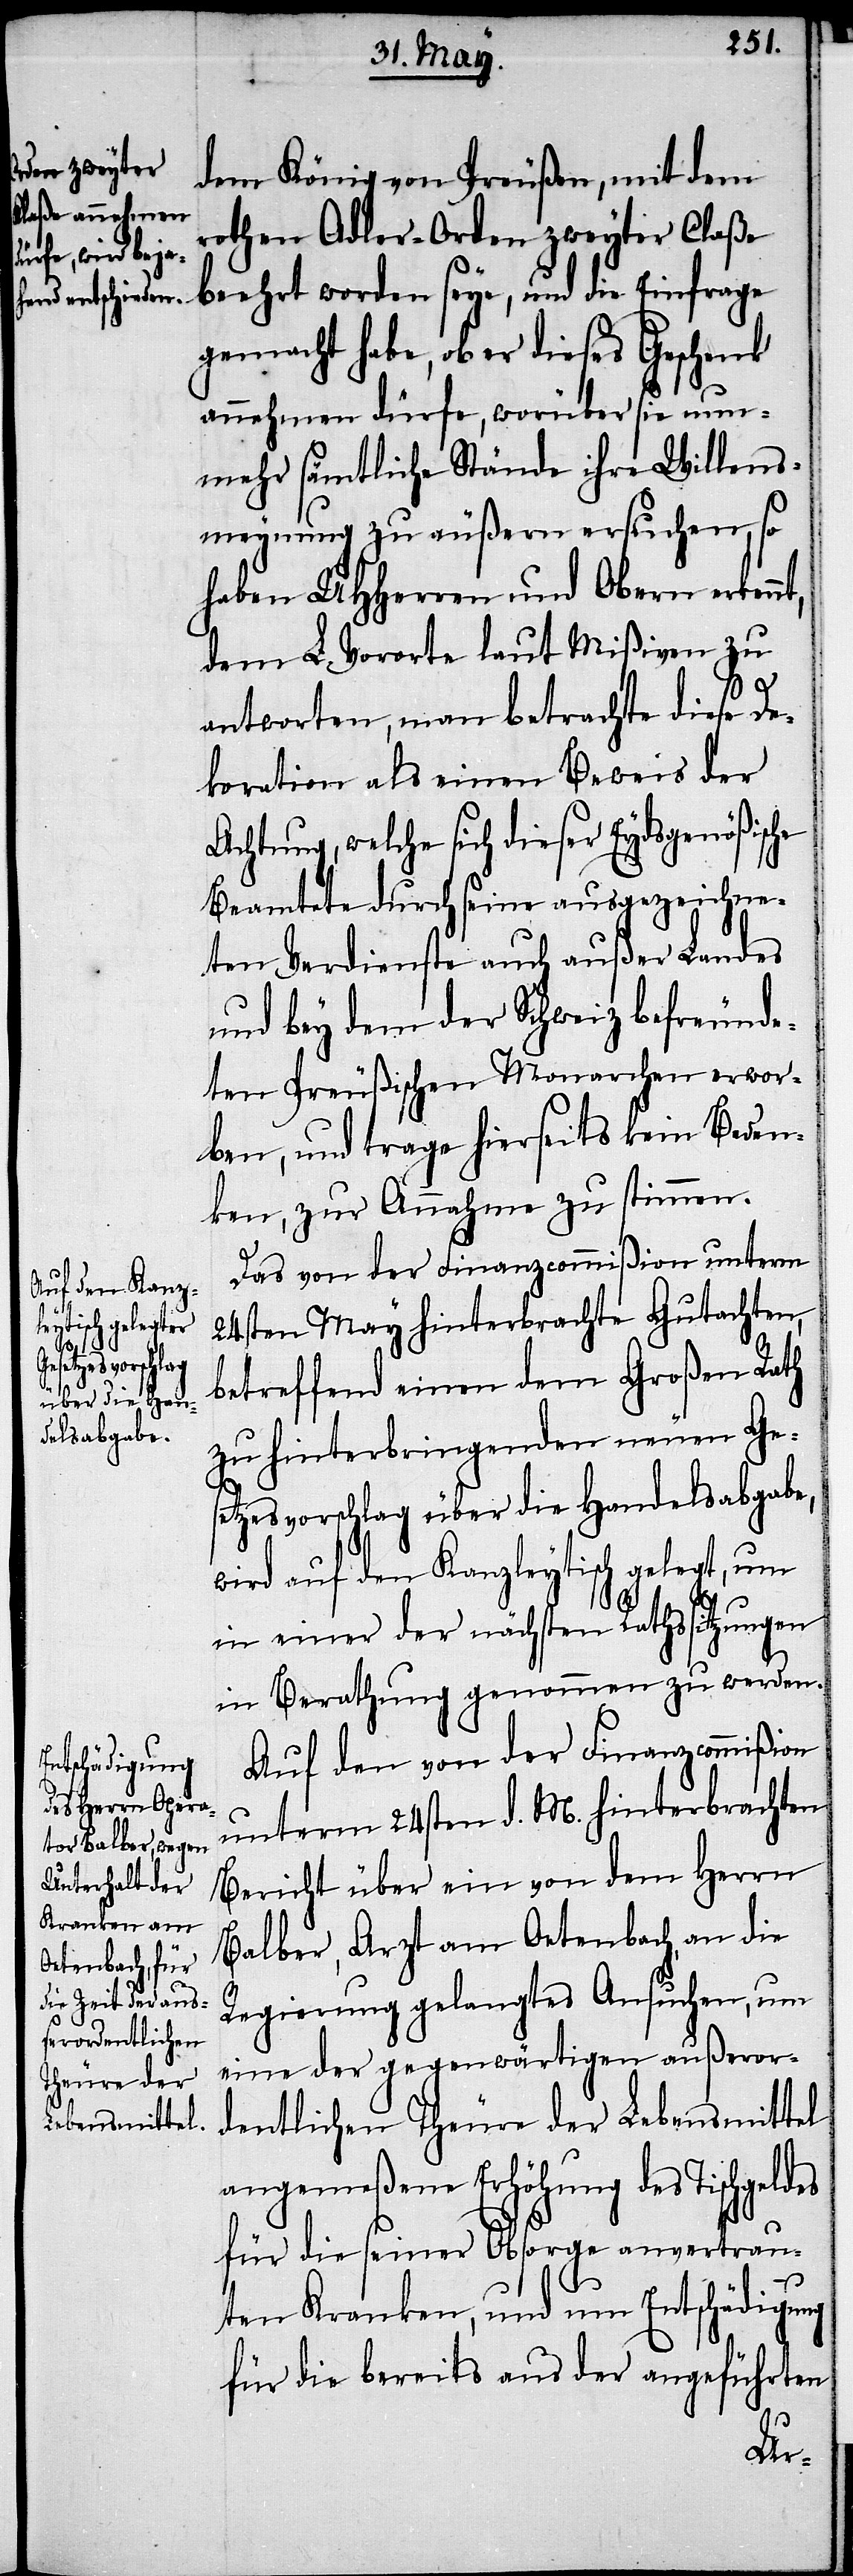
dem König von Preußen, mit dem
rothen Adler-Orden zweyter Claße
beehrt worden seye, und die Einfrage
gemacht habe, ob er dieses Geschenk
annehmen dürfe, worüber sie nun¬
mehr sämtliche Stände ihre Willens¬
meynung zu äußern ersuchen, so
haben UHHerren und Obern erkennt,
dem L. Vororte laut Mißiven zu
antworten, man betrachte diese De¬
koration als einen Beweis der
Achtung, welche sich dieser Eydsgenößische
Beamtete durch seine ausgezeichne¬
ten Verdienste auch außer Landes
und bey dem der Schweiz befreunde¬
ten Preußischen Monarchen erwor¬
ben, und trage hierseits kein Beden¬
ken, zur Annahme zu stimmen.
Das von der Finanzcommißion unterm
24sten May hinterbrachte Gutachten,
betreffend einen dem Großen Rath
zu hinterbringenden neuen Ges¬
etzesvorschlag über die Handelsabgabe,
wird auf den Kanzleytisch gelegt, um
in einer der nächsten Rathssitzungen
in Berathung genommen zu werden.
Auf den von der Finanzcommißion
unterm 24sten d. M. hinterbrachten
Bericht über ein von dem Herrn
Balber, Arzt von Oetenbach, an die
Regierung gelangtes Ansuchen, um
eine der gegenwärtigen außeror¬
dentlichen Theure der Lebensmittel
angemeßene Erhöhung des Tischgeldes
für die seiner Obsorge anvertrau¬
ten Kranken, und um Entschädigung
für die bereits aus der angeführten